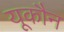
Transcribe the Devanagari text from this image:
यूकौन